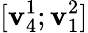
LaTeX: [\mathbf{v}_{4}^{1};\mathbf{v}_{1}^{2}]